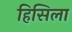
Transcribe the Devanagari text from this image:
हिसिला